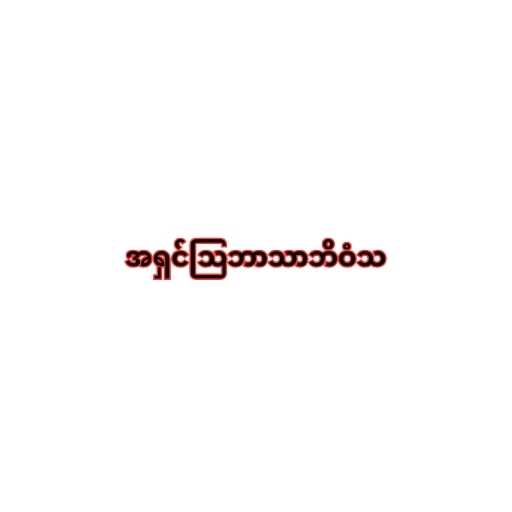
အရှင်သြဘာသာဘိဝံသ